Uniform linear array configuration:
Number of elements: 32
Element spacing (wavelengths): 0.5
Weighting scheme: blackman
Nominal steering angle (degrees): -60
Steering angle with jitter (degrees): -58.491
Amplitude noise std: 0.05
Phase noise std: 0.05

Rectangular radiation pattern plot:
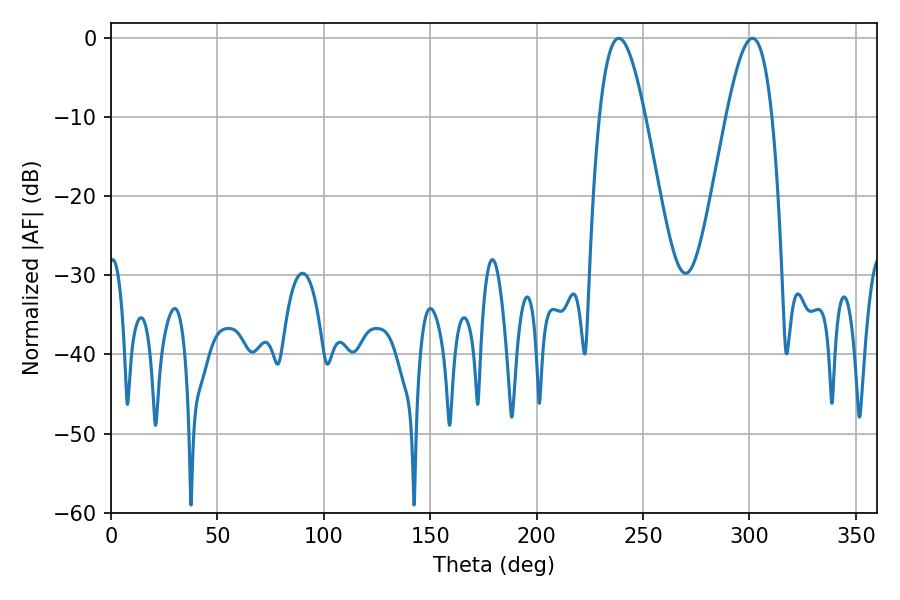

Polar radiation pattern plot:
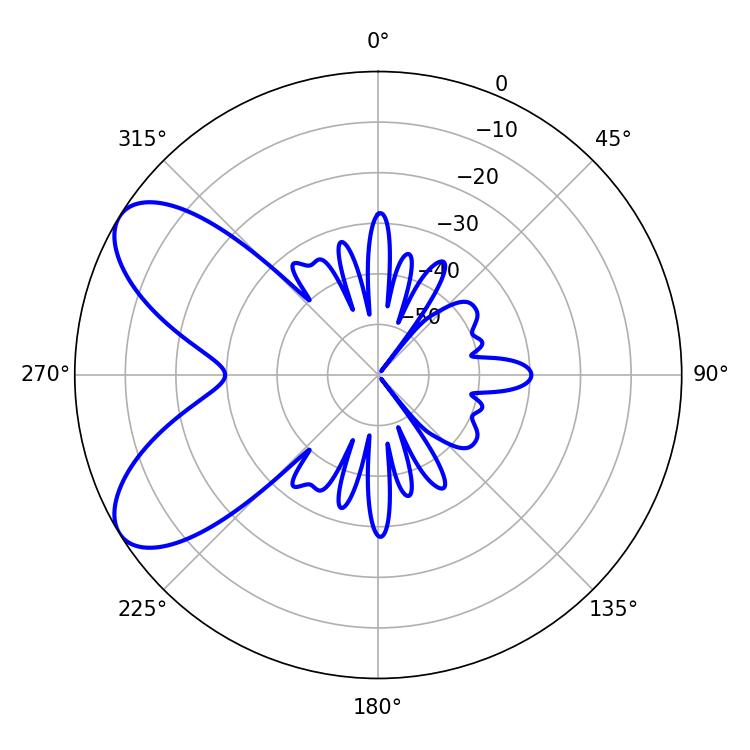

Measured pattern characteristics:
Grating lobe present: FALSE
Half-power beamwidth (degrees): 11.7
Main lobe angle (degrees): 238.5